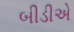
બીડીએ